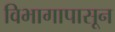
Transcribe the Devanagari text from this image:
विभागापासून